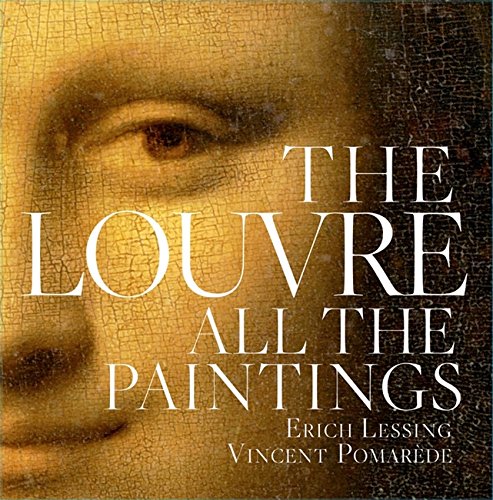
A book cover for Louvre: All the Paintings; Vincent PomarÃ¨de; Arts & Photography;